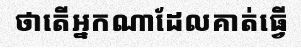
ថាតើអ្នកណាដែលគាត់ធ្វើ